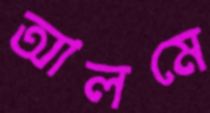
আলমে